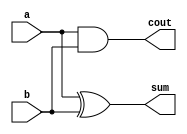
module HA(input a, input b, output sum, output cout);
	xor(sum, a, b);
	and(cout, a, b);
endmodule